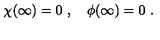
\chi ( \infty ) = 0 \ , \quad \phi ( \infty ) = 0 \ .